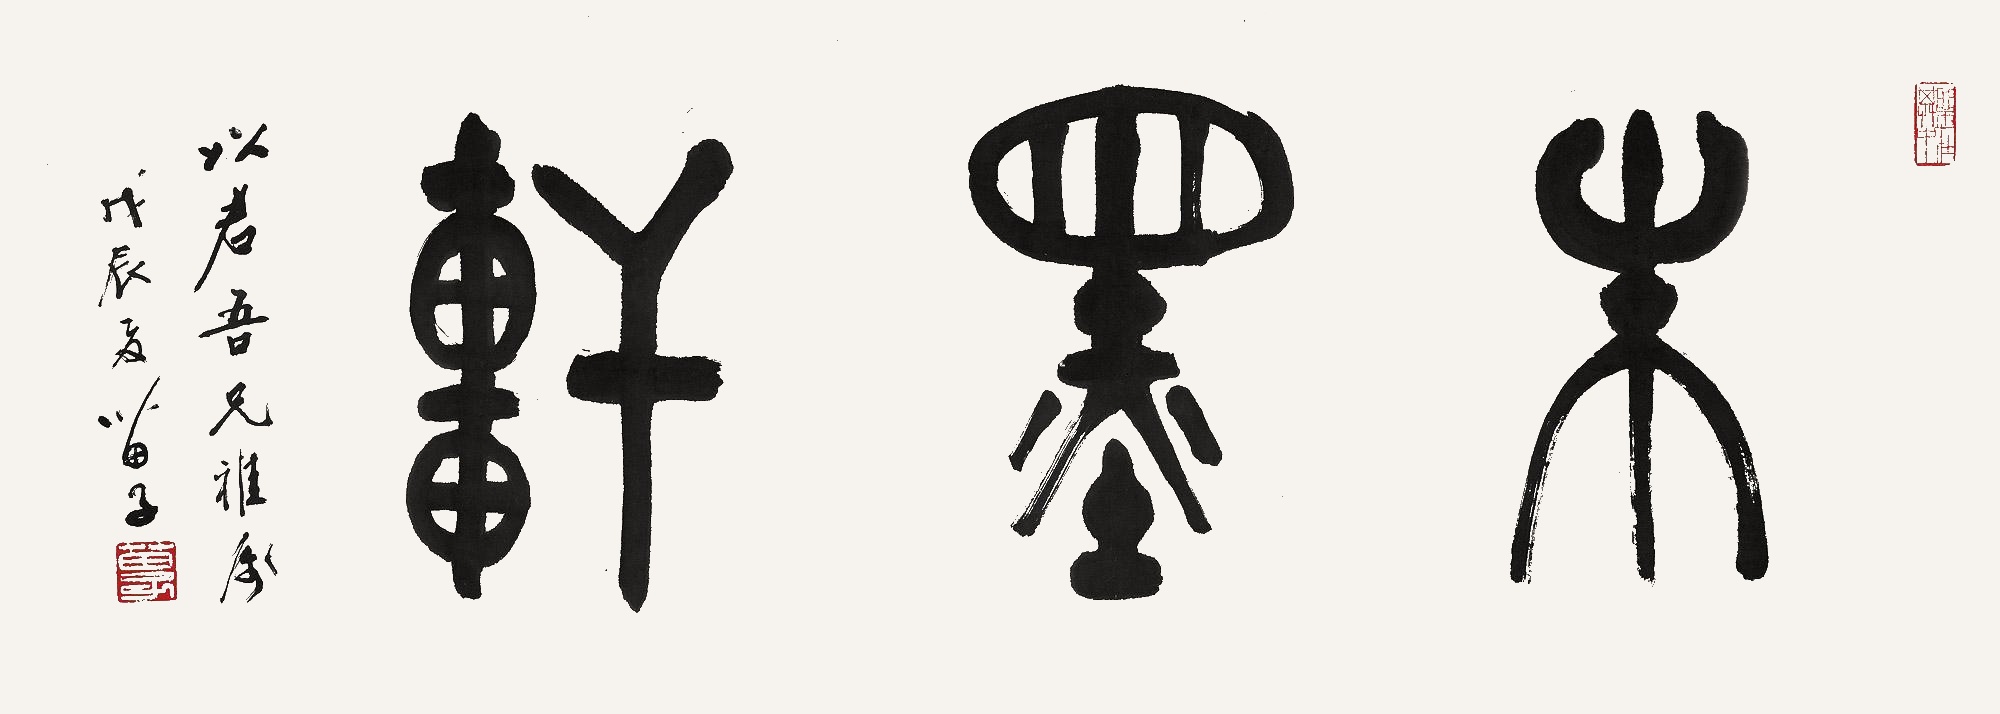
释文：朱墨轩。以君吾兄雅属，戊辰夏，苗子。